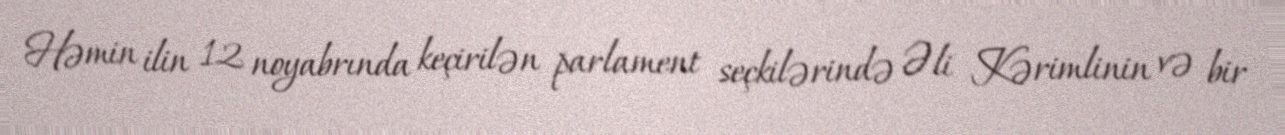
Həmin ilin 12 noyabrında keçirilən parlament seçkilərində Əli Kərimlinin və bir